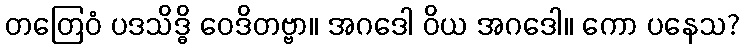
တတြေဝံ ပဒသိဒ္ဓိ ဝေဒိတဗ္ဗာ။ အဂဒေါ ဝိယ အဂဒေါ။ ကော ပနေသ?